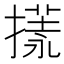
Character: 𢳌